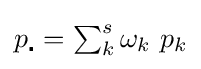
{\textstyle p_{\centerdot }=\sum _{k}^{s}\omega _{k}\ p_{k}}